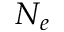
N _ { e }